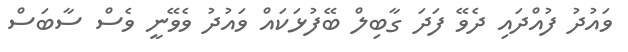
ވައުދު ފުއްދައި ދެވޭ ފަދަ ގާބިލް ބޭފުޅަކައް ވައުދު ވެވޭނީ ވެސް ސާބަސް